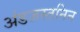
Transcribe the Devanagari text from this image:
अंडजस्तनिन